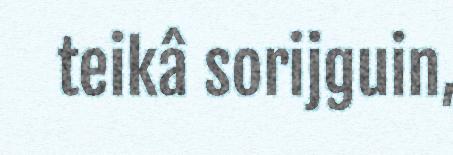
teikâ sorijguin,